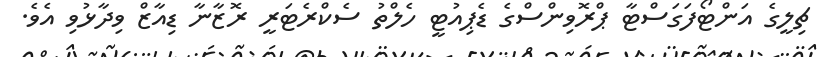
ޗިލީގެ އަންޓޯފަގަސްޓާ ޕްރޮވިންސްގެ ޑެޕިއުޓީ ހެލްތު ސެކްރެޓަރީ ރޮޒާނާ ޑިއާޒް ވިދާޅުވި އެވެ.